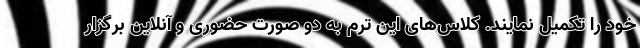
خود را تکمیل نمایند. کلاس‌های این ترم به دو صورت حضوری و آنلاین برگزار